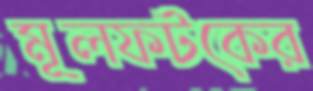
মূলফটকের